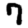
Digit: 7